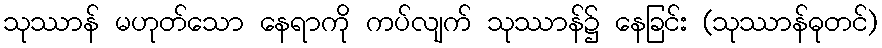
သုဿာန် မဟုတ်သော နေရာကို ကပ်လျက် သုဿာန်၌ နေခြင်း (သုဿာန်ဓုတင်)